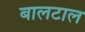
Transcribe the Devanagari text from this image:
बालटाल